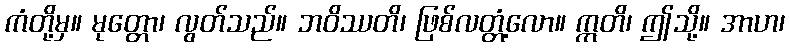
ကံတို့မှ။ မုတ္တော၊ လွတ်သည်။ ဘဝိဿတိ၊ ဖြစ်လတ္တံ့လော။ ဣတိ၊ ဤသို့။ အာဟ၊